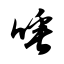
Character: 唾